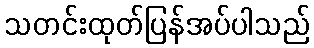
သတင်းထုတ်ပြန်အပ်ပါသည်